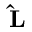
\mathbf { \hat { L } }